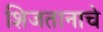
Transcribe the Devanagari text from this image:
शिजतानाचे